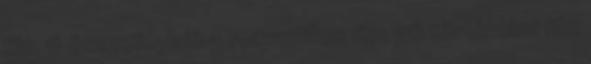
film 6 összefoglaló 5 romantikus film 36 történelmi film